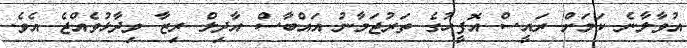
އުވާލާނެ ކަމަށް ރައީސް އޮފީހުގެ ތަރުޖަމާނު އައްބާސް އާދިލް ރިޒާ ވިދާޅުވެއްޖެ އެވެ.